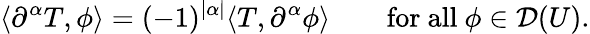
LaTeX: \langle\partial^{\alpha}T,\phi\rangle=(-1)^{|\alpha|}\langle T,\partial^{\alpha}\phi\rangle\qquad{\mathrm{for~all~}}\phi\in{\mathcal{D}}(U).